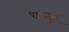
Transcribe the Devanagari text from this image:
धातून्